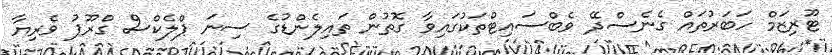
ޓޫރިޒަމް ހަބަރުތައް ގެނެސްދޭ ވެބްސައިޓްތަކުގައިވާ ގޮތުން ތައިލެންޑުގެ ސިނަ ޕްލެކްސް ގްރޫޕު ވެރިޔާ